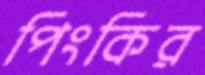
পিংকির